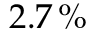
2 . 7 \, \%